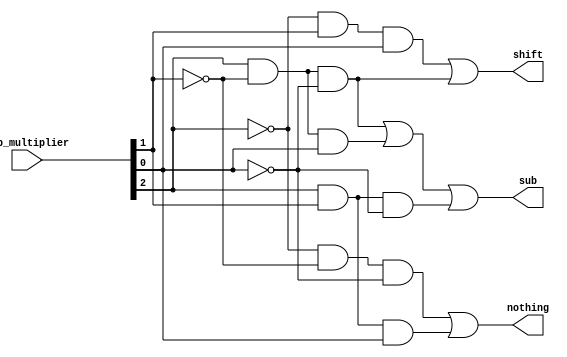
module booth(shift, sub, nothing, lsb_multiplier);
	
	input [2:0] lsb_multiplier;
	
	wire n0, n1, n2;
	wire [7:0] action;
	
	output shift, sub, nothing;
	
	not not0(n0, lsb_multiplier[0]);
	not not1(n1, lsb_multiplier[1]);
	not not2(n2, lsb_multiplier[2]);
	
	// logic for action to be taken based on Booth's algorithm
	and and0(action[0], n2, 					n1, 					 n0					);
	and and1(action[1], n2, 					n1, 					 lsb_multiplier[0]);
	and and2(action[2], n2, 					lsb_multiplier[1], n0					);
	and and3(action[3], n2, 					lsb_multiplier[1], lsb_multiplier[0]);
	and and4(action[4], lsb_multiplier[2], n1, 					 n0					);
	and and5(action[5], lsb_multiplier[2], n1, 					 lsb_multiplier[0]);
	and and6(action[6], lsb_multiplier[2], lsb_multiplier[1], n0					);
	and and7(action[7], lsb_multiplier[2], lsb_multiplier[1], lsb_multiplier[0]);
	
	// assign control bits out
	or or_nothing(nothing, action[0], action[7]);
	or or_sub(sub, action[4], action[5], action[6]);
	or or_shift(shift, action[3], action[4]);

endmodule